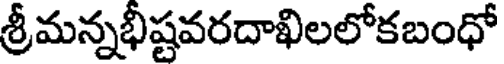
శ్రీమన్నభీష్టవరదాఖిలలోకబంధో